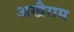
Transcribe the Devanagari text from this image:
अखैराम